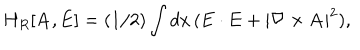
LaTeX: H _ { R } [ { \bf A } , { \bf E } ] = ( 1 / 2 ) \int d x \, ( { \bf E } \cdot { \bf E } + | \nabla \times { \bf A } | ^ { 2 } ) ,